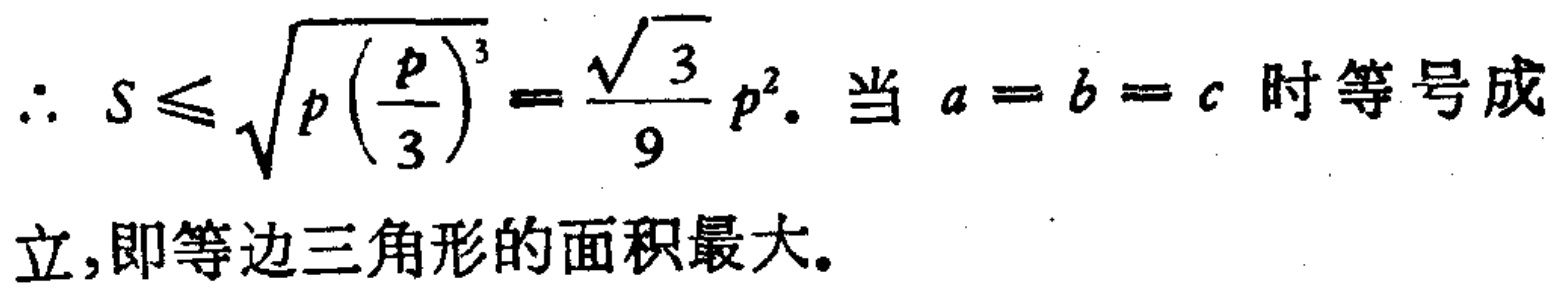
\(\therefore S\leqslant\sqrt{p\left(\frac{p}{3}\right)^{3}}=\frac{\sqrt{3}}{9}p^{2}\). 当 \(a = b = c\) 时等号成立,即等边三角形的面积最大.